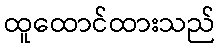
ထူထောင်ထားသည်